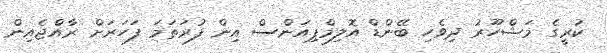
ކުރީގެ މަޝްހޫރު ދިވެހި ބޭންޑް އޮލިމްޕިއަންސް އިން ފުރަތަމަ ފަހަރަށް ރާއްޖެއިން